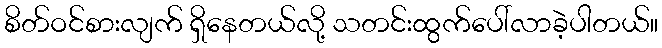
စိတ်ဝင်စားလျက် ရှိနေတယ်လို့ သတင်းထွက်ပေါ်လာခဲ့ပါတယ်။